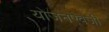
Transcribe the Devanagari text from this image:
योजनेऐवजी